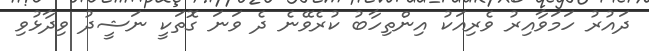
ދައުރު ހަމަވާއިރު ވެރިއަކު އިންތިހާބު ކުރެވޭނެ ދެ ވަނަ ގޮތަކީ ނަޝީދު ވިދާޅުވި